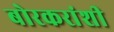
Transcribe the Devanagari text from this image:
बोरकरांशी